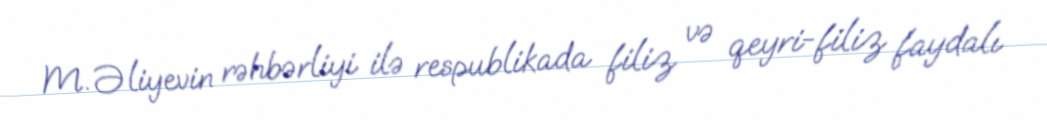
M. Əliyevin rəhbərliyi ilə respublikada filiz və qeyri-filiz faydalı